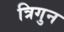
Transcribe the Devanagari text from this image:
त्रिगुन